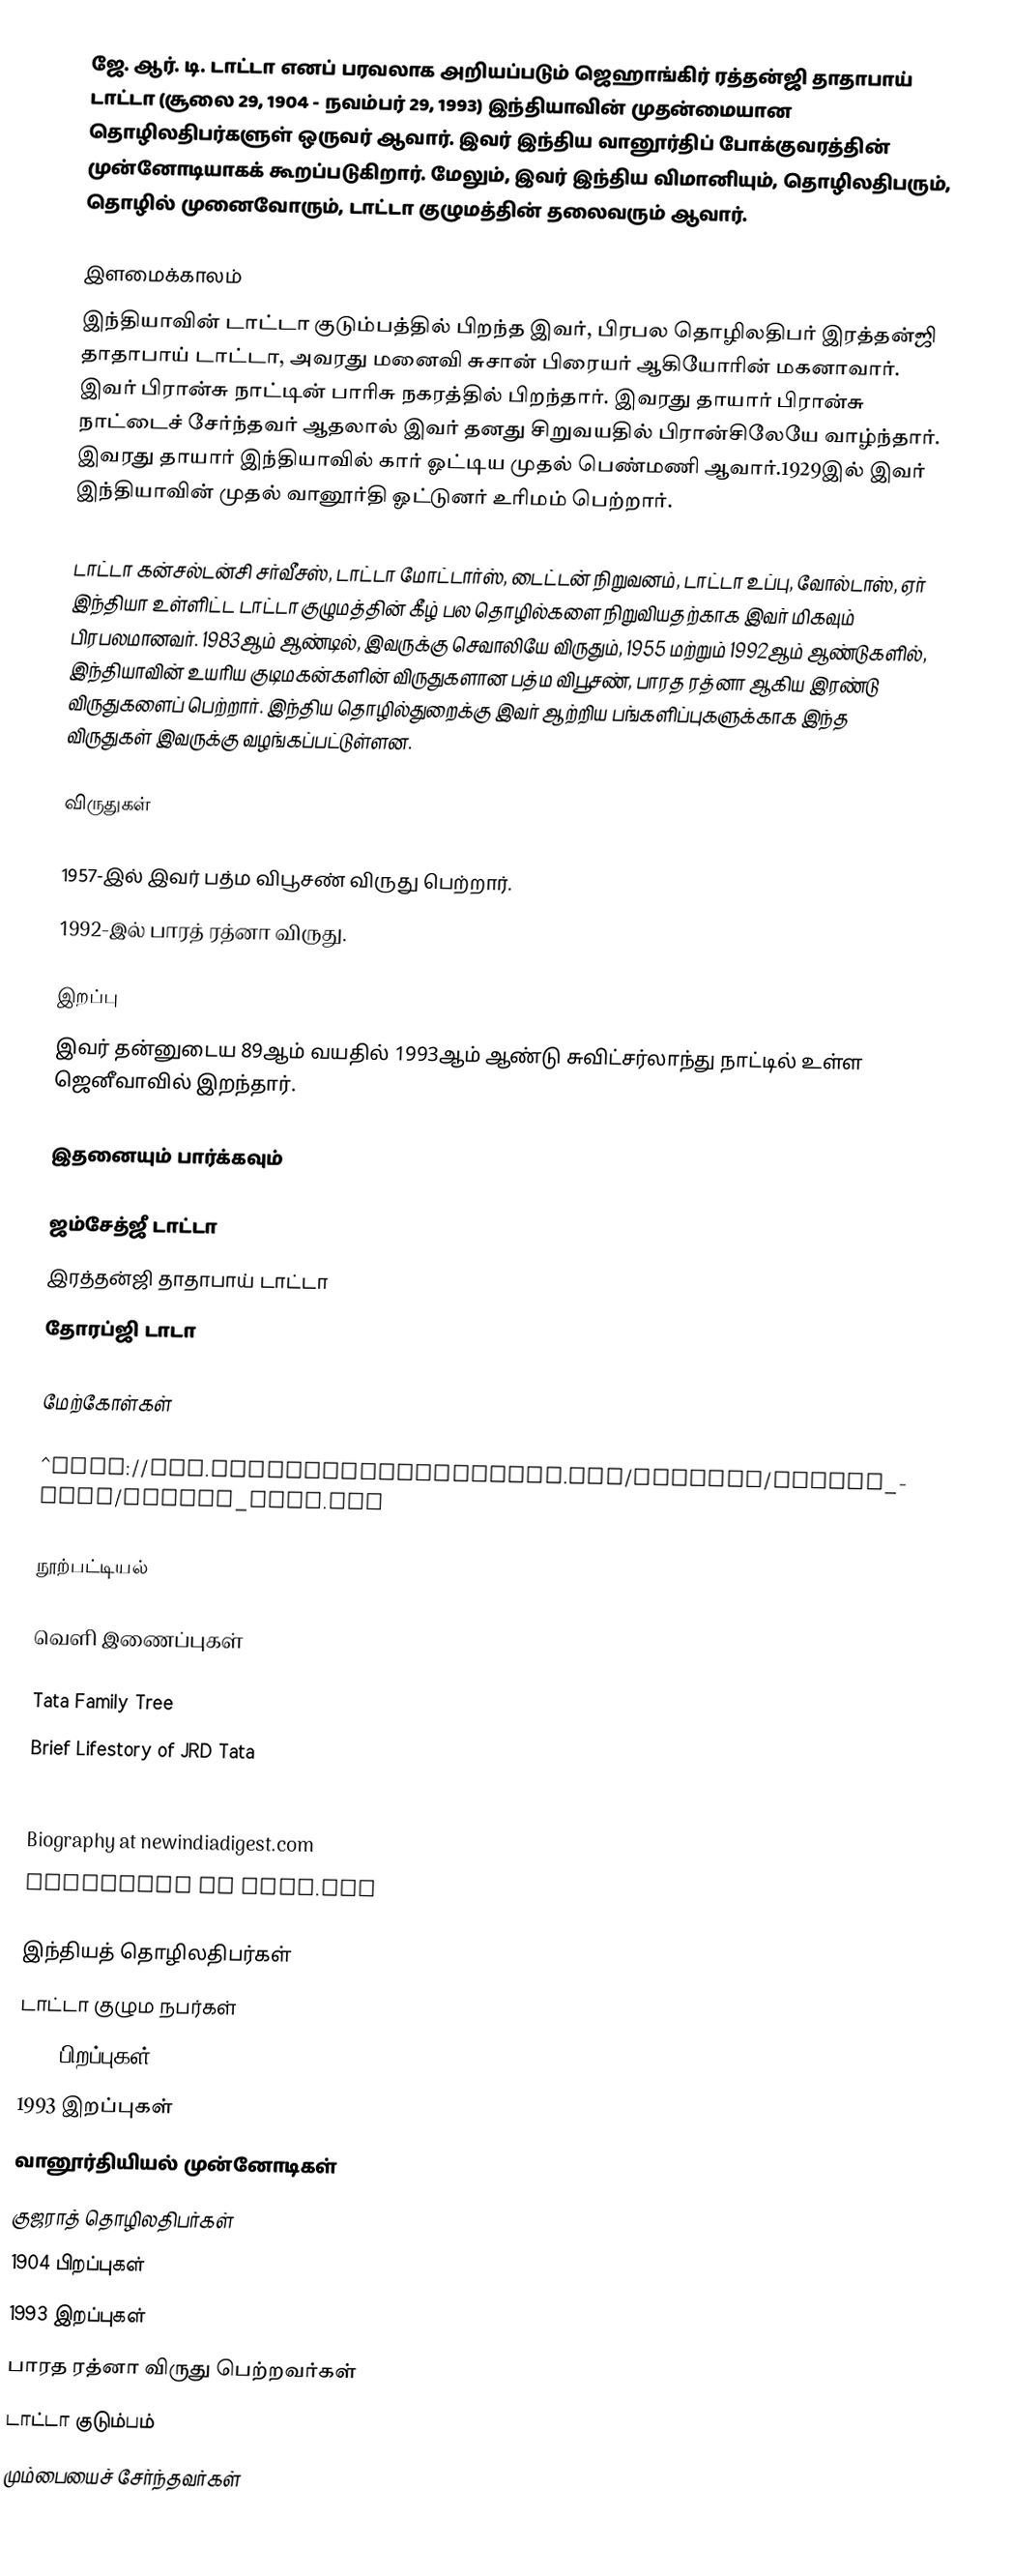
ஜே. ஆர். டி. டாட்டா எனப் பரவலாக அறியப்படும் ஜெஹாங்கிர் ரத்தன்ஜி தாதாபாய் டாட்டா (சூலை 29, 1904 - நவம்பர் 29, 1993) இந்தியாவின் முதன்மையான தொழிலதிபர்களுள் ஒருவர் ஆவார். இவர் இந்திய வானூர்திப் போக்குவரத்தின் முன்னோடியாகக் கூறப்படுகிறார். மேலும், இவர் இந்திய விமானியும், தொழிலதிபரும், தொழில் முனைவோரும், டாட்டா குழுமத்தின் தலைவரும் ஆவார்.

இளமைக்காலம்
இந்தியாவின் டாட்டா குடும்பத்தில் பிறந்த இவர், பிரபல தொழிலதிபர் இரத்தன்ஜி தாதாபாய் டாட்டா, அவரது மனைவி சுசான் பிரையர் ஆகியோரின் மகனாவார். இவர் பிரான்சு நாட்டின் பாரிசு நகரத்தில் பிறந்தார். இவரது தாயார் பிரான்சு நாட்டைச் சேர்ந்தவர் ஆதலால் இவர் தனது சிறுவயதில் பிரான்சிலேயே வாழ்ந்தார். இவரது தாயார் இந்தியாவில் கார் ஓட்டிய முதல் பெண்மணி ஆவார்.1929இல் இவர் இந்தியாவின் முதல் வானூர்தி ஓட்டுனர் உரிமம் பெற்றார்.

டாட்டா கன்சல்டன்சி சர்வீசஸ், டாட்டா மோட்டார்ஸ், டைட்டன் நிறுவனம், டாட்டா உப்பு, வோல்டாஸ், ஏர் இந்தியா உள்ளிட்ட டாட்டா குழுமத்தின் கீழ் பல தொழில்களை நிறுவியதற்காக இவர் மிகவும் பிரபலமானவர். 1983ஆம் ஆண்டில், இவருக்கு செவாலியே விருதும், 1955 மற்றும் 1992ஆம் ஆண்டுகளில், இந்தியாவின் உயரிய குடிமகன்களின் விருதுகளான பத்ம விபூசண், பாரத ரத்னா ஆகிய இரண்டு விருதுகளைப் பெற்றார். இந்திய தொழில்துறைக்கு இவர் ஆற்றிய பங்களிப்புகளுக்காக இந்த விருதுகள் இவருக்கு வழங்கப்பட்டுள்ளன.

விருதுகள்

 1957-இல் இவர் பத்ம விபூசண் விருது பெற்றார்.
 1992-இல் பாரத் ரத்னா விருது.

இறப்பு
இவர் தன்னுடைய 89ஆம் வயதில் 1993ஆம் ஆண்டு சுவிட்சர்லாந்து நாட்டில் உள்ள ஜெனீவாவில் இறந்தார்.

இதனையும் பார்க்கவும்

ஜம்சேத்ஜீ டாட்டா
இரத்தன்ஜி தாதாபாய் டாட்டா
தோரப்ஜி டாடா

மேற்கோள்கள்

^http://www.tatacentralarchives.com/history/family_tree/family_tree.pdf

நூற்பட்டியல்

வெளி இணைப்புகள்

Tata Family Tree
 Brief Lifestory of JRD Tata

 Biography at newindiadigest.com
 Biography at tata.com

இந்தியத் தொழிலதிபர்கள்
டாட்டா குழும நபர்கள்
1904 பிறப்புகள்
1993 இறப்புகள்
வானூர்தியியல் முன்னோடிகள்
குஜராத் தொழிலதிபர்கள்
1904 பிறப்புகள்
1993 இறப்புகள்
பாரத ரத்னா விருது பெற்றவர்கள்
டாட்டா குடும்பம்
மும்பையைச் சேர்ந்தவர்கள்